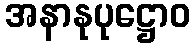
အနာနုပုဋ္ဌောဝ